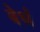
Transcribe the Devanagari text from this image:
बेधं